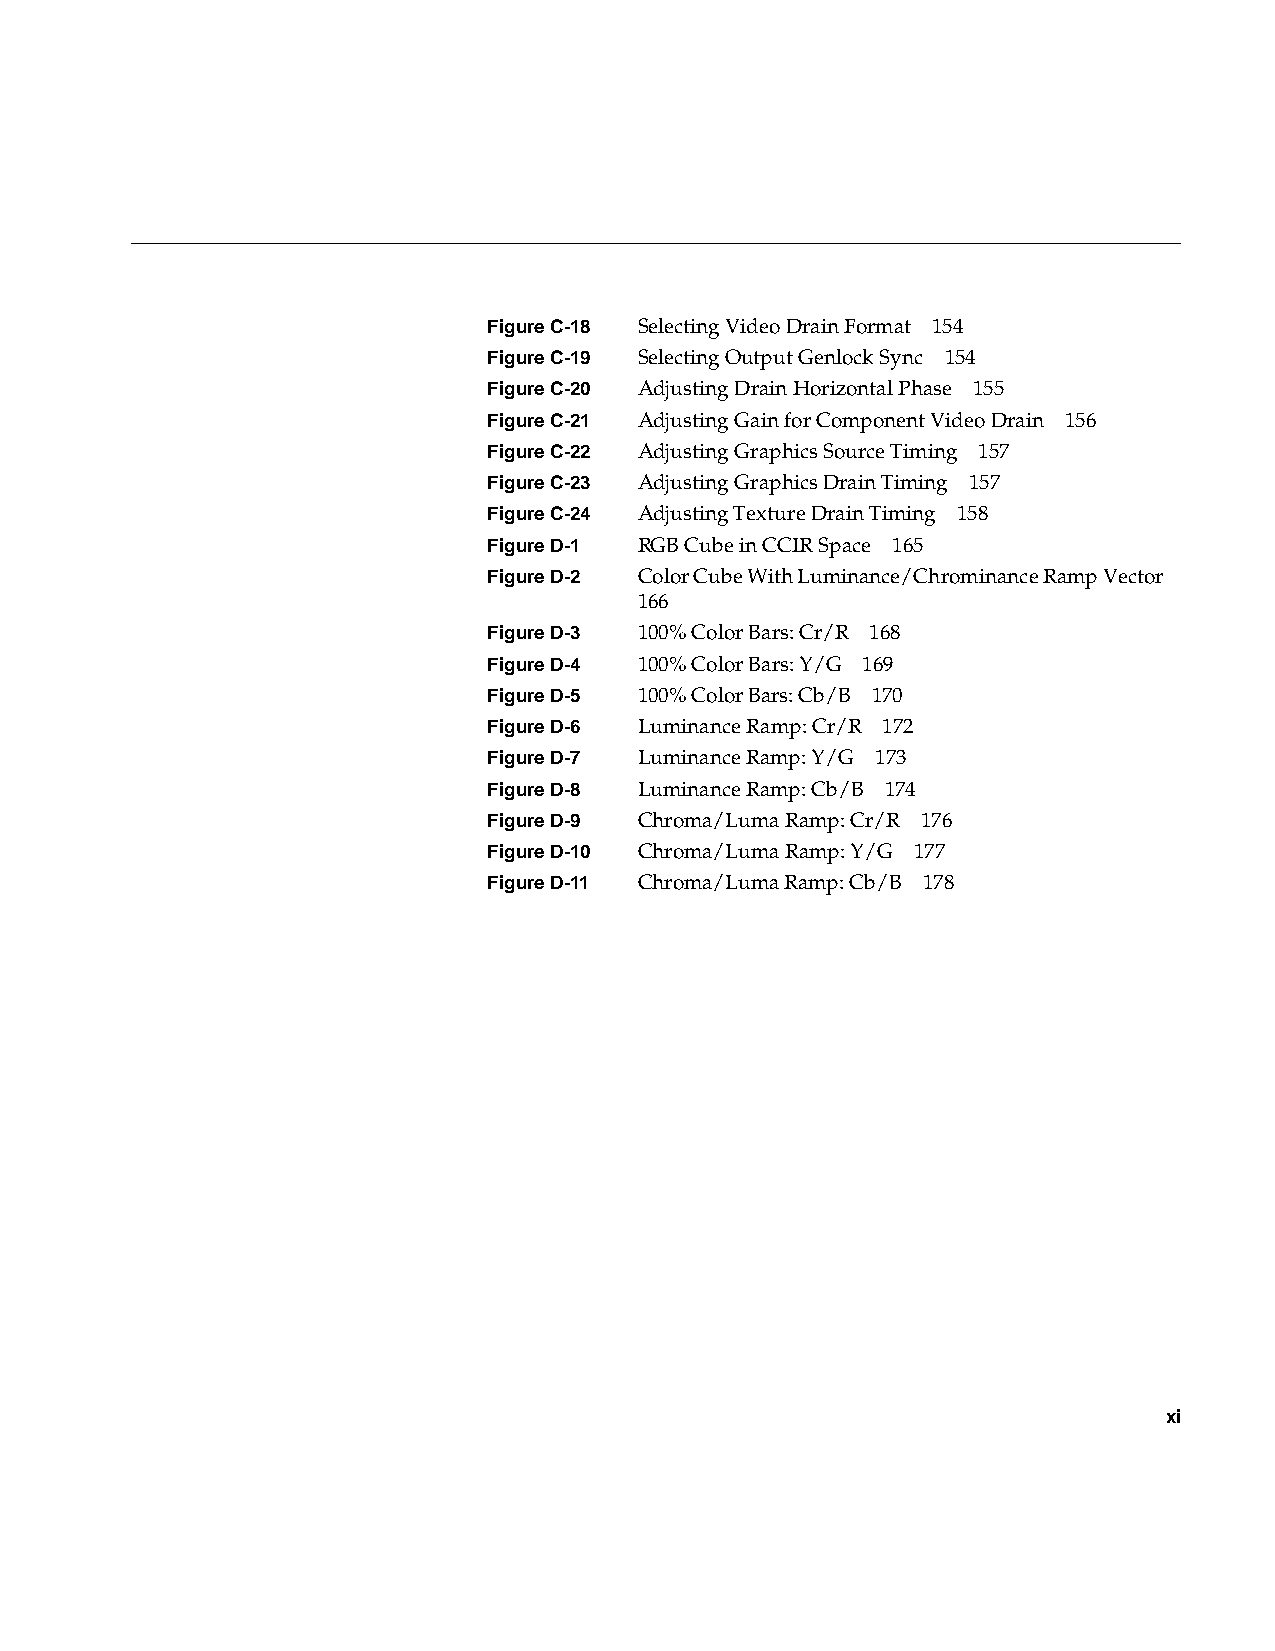
FigureC-18 Selecting Video Drain Format 154
 FigureC-19 Selecting Output Genlock Sync 154
 FigureC-20 Adjusting Drain Horizontal Phase 155
 FigureC-21 Adjusting Gain for Component Video Drain 156
 FigureC-22 Adjusting Graphics Source Timing 157
 FigureC-23 Adjusting Graphics Drain Timing 157
 FigureC-24 Adjusting Texture Drain Timing 158
 FigureD-1 RGB Cube in CCIR Space 165
 FigureD-2 Color Cube With Luminance/Chrominance Ramp Vector
 166
 FigureD-3 100% Color Bars: Cr/R 168
 FigureD-4 100% Color Bars: Y/G 169
 FigureD-5 100% Color Bars: Cb/B 170
 FigureD-6 Luminance Ramp: Cr/R 172
 FigureD-7 Luminance Ramp: Y/G 173
 FigureD-8 Luminance Ramp: Cb/B 174
 FigureD-9 Chroma/Luma Ramp: Cr/R 176
 FigureD-10 Chroma/Luma Ramp: Y/G 177
 FigureD-11 Chroma/Luma Ramp: Cb/B 178
 xi